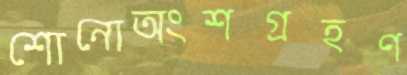
শোনোঅংশগ্রহণ